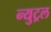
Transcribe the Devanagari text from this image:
न्युट्रल